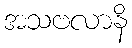
အသဗလာနိ